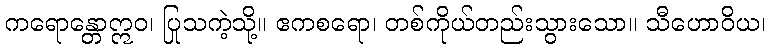
ကရောန္တောဣဝ၊ ပြုသကဲ့သို့။ ဧကစရော၊ တစ်ကိုယ်တည်းသွားသော။ သီဟောဝိယ၊